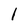
Character: 1